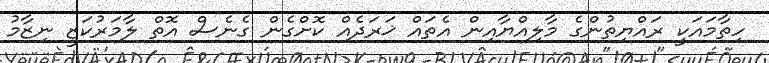
ހިތާމައަކީ ރައްޔިތުންގެ މާލިއްޔާއިން އެތައް ޚަރަދެއް ކޮށްގެން ގެނެސް އޮތް ލާމަރުކަޒީ ނިޒާމު